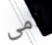
لأمى